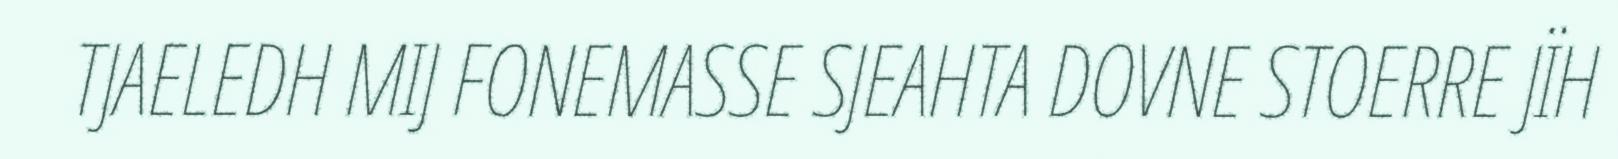
TJAELEDH MIJ FONEMASSE SJEAHTA DOVNE STOERRE JÏH